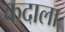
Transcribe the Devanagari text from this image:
कदाला